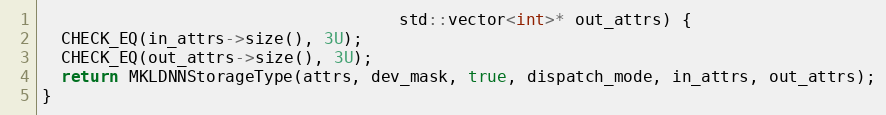
Language: C++
                                     std::vector<int>* out_attrs) {
  CHECK_EQ(in_attrs->size(), 3U);
  CHECK_EQ(out_attrs->size(), 3U);
  return MKLDNNStorageType(attrs, dev_mask, true, dispatch_mode, in_attrs, out_attrs);
}